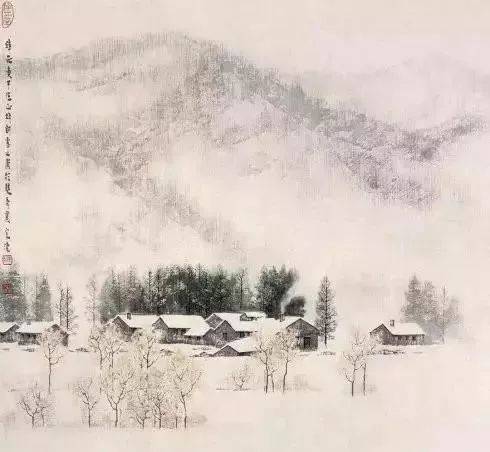
已讶衾枕冷，复见窗户明。